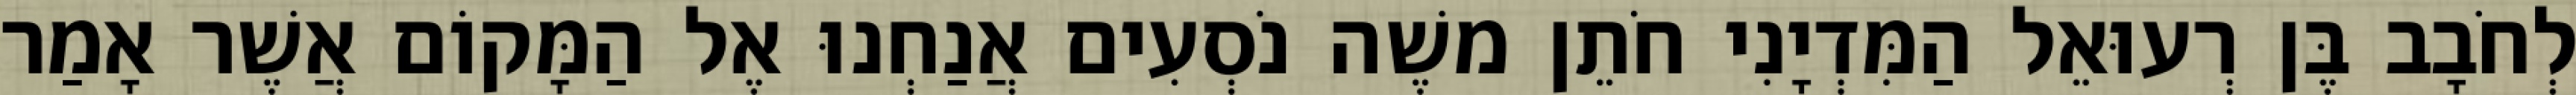
לְחֹבָב בֶּן רְעוּאֵל הַמִּדְיָנִי חֹתֵן משֶׁה נֹסְעִים אֲנַחְנוּ אֶל הַמָּקוֹם אֲשֶׁר אָמַר